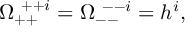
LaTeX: \Omega _ { + + } ^ { ~ + + i } = \Omega _ { -- } ^ { ~ -- i } = h ^ { i } ,